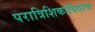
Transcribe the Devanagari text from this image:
परात्रिशिकाविवरण